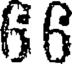
66